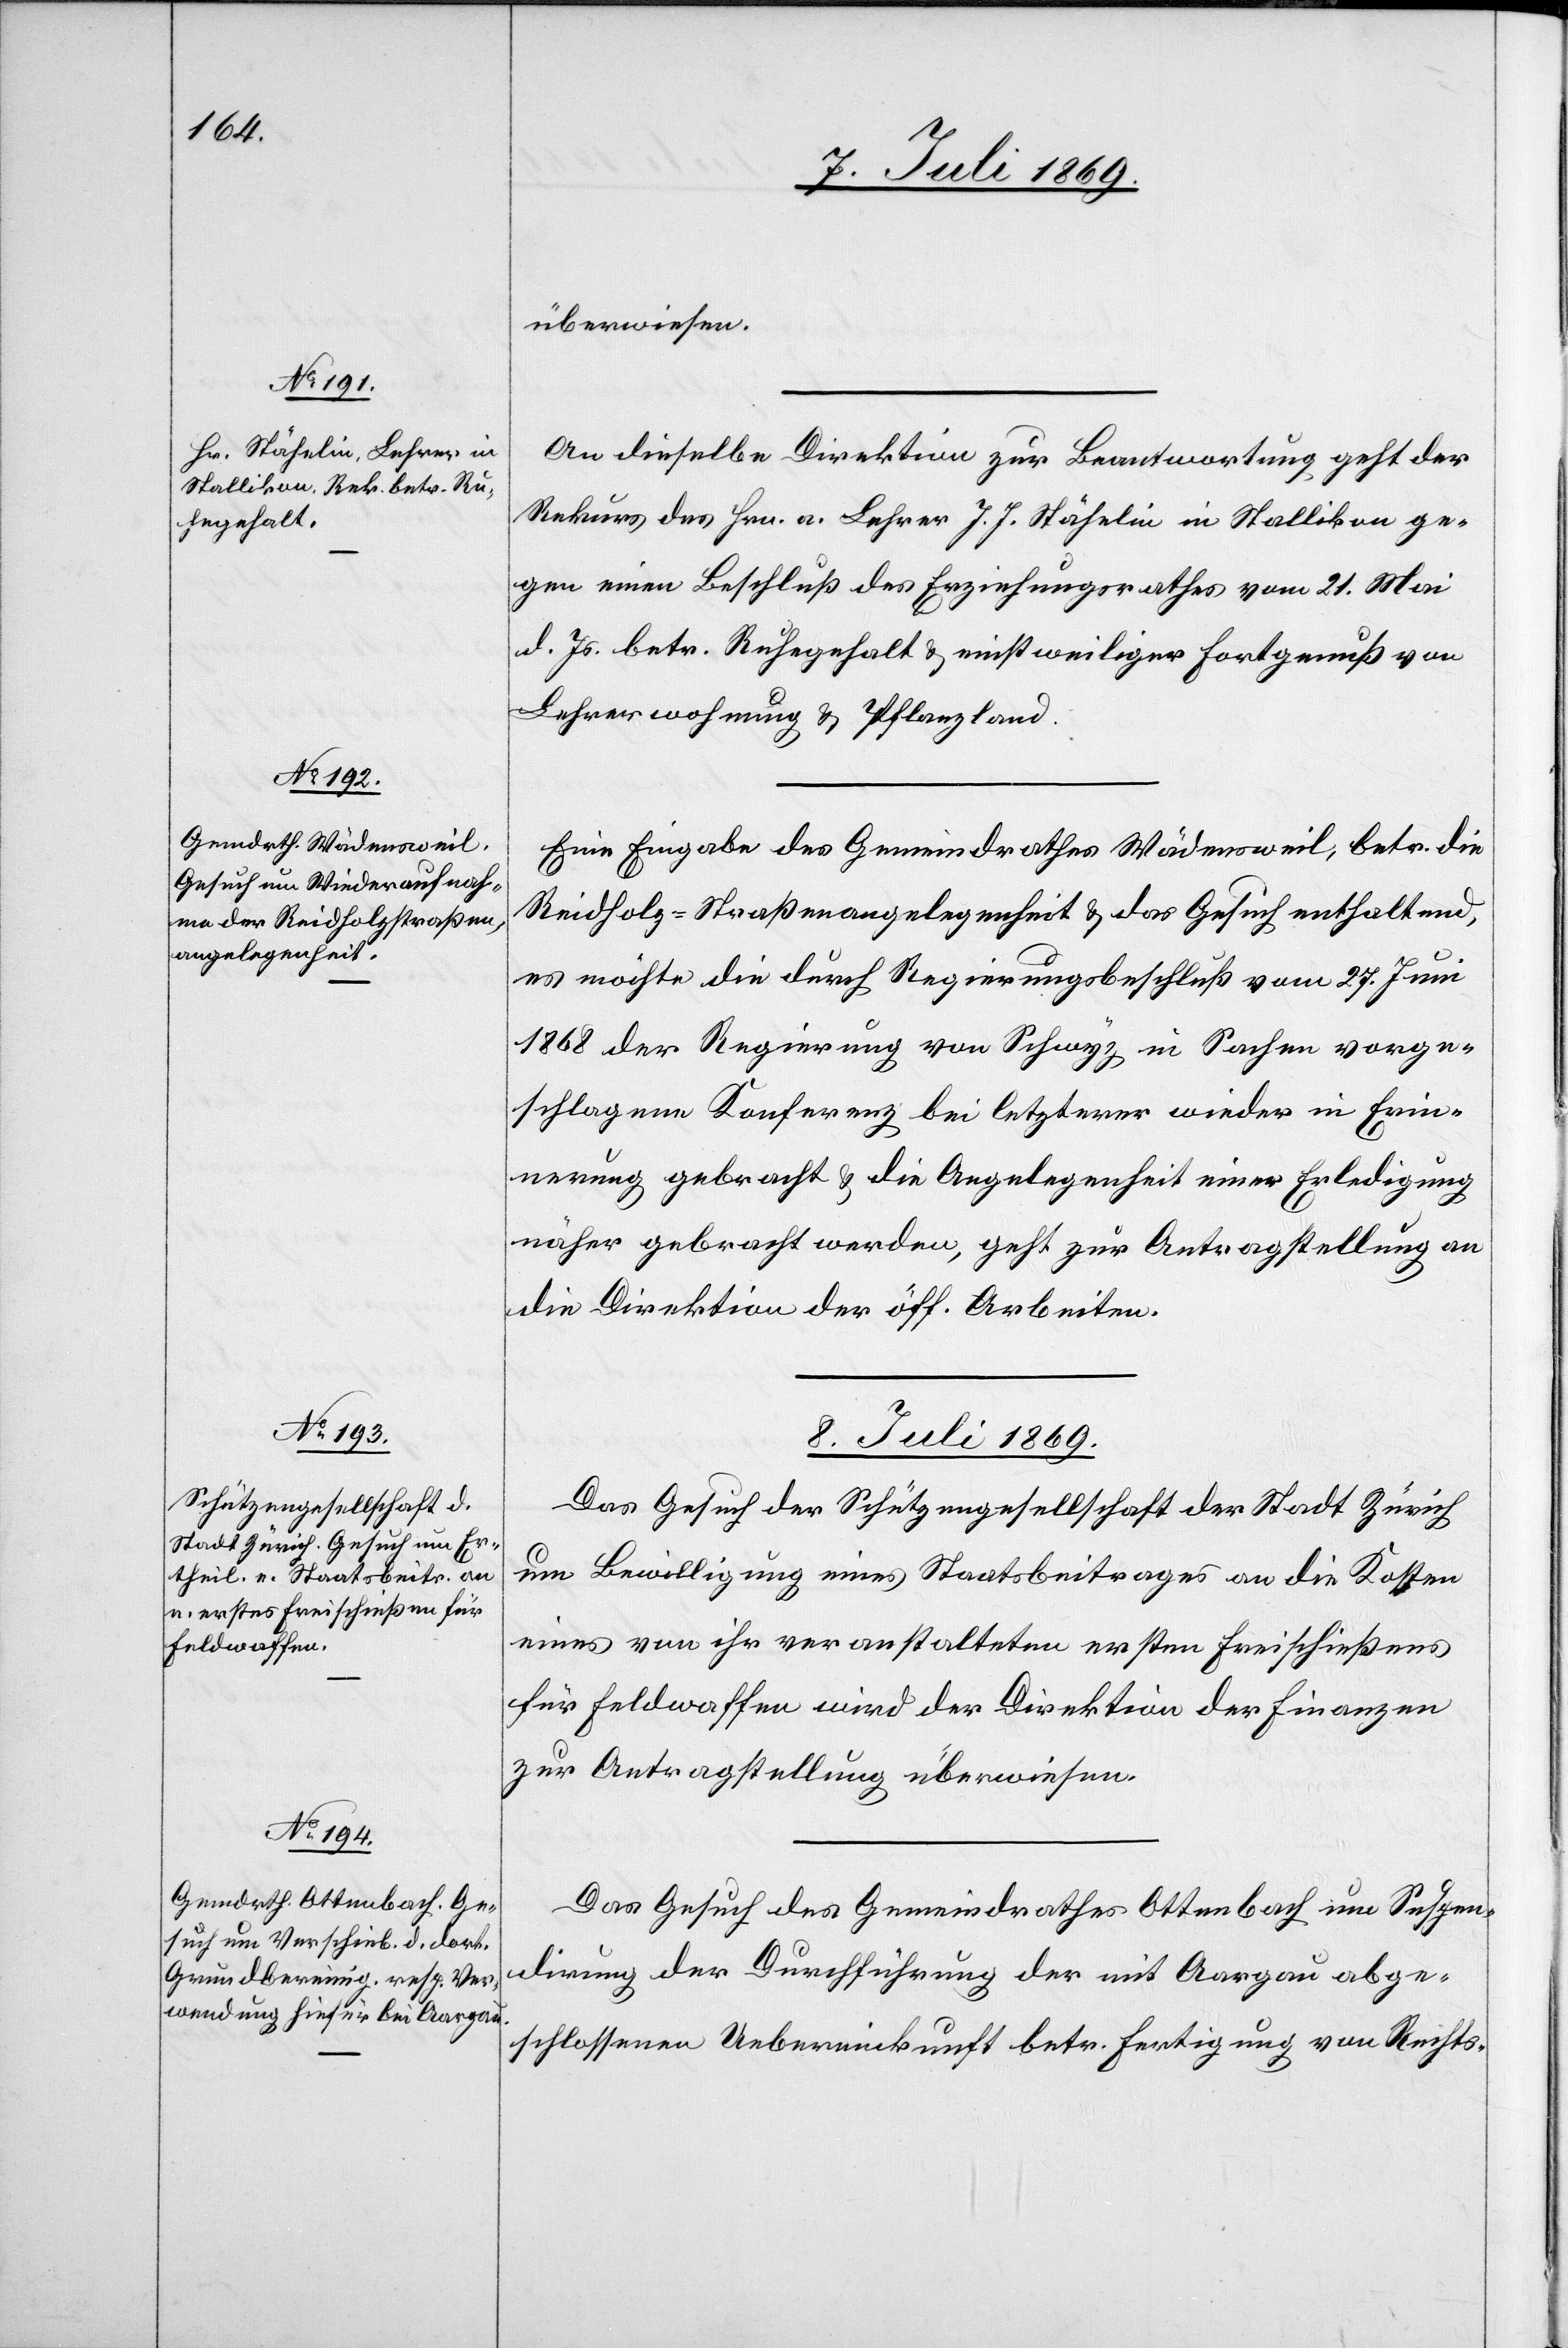
8. Juli 1869.]
überwiesen.
An dieselbe Direktion zur Beantwortung, geht der
Rekurs des Hrn. a. Lehrer J. J. Stähelin in Stallikon ge¬
gen einen Beschluß des Erziehungsrathes vom 21. Mai
d. Js. betr. Ruhegehalt u. einstweiliger Fortgenuß von
Lehrerwohnung u. Pflanzland.
Eine Eingabe des Gemeindrathes Wädensweil, betr. die
Reidholz-Straßenangelegenheit u. das Gesuch enthaltend,
es möchte die durch Regierungsbeschluß vom 27. Juni
1868 der Regierung von Schwyz in Sachen vorge¬
schlagene Konferenz bei letzterer wieder in Erin¬
nerung gebracht u. die Angelegenheit einer Erledigung
näher gebracht werden, geht zur Antragstellung an
die Direktion der öff. Arbeiten.
8. Juli 1869.
Das Gesuch der Schützengesellschaft der Stadt Zürich
um Bewilligung eines Staatsbeitrages an die Kosten
eines von ihr veranstalteten ersten Freischießens
für Feldwaffen wird der Direktion der Finanzen
zur Antragstellung überwiesen.
Das Gesuch des Gemeindrathes Ottenbach um Suspen¬
dirung der Durchführung der mit Aargau abge¬
schlossenen Uebereinkunft betr. Fertigung von Rechts-